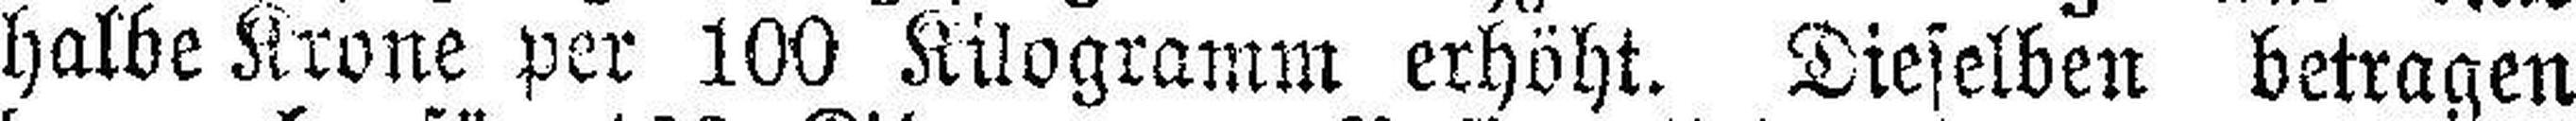
halbe Krone per 100 Kilogramm erhöht. Dieselben betragen